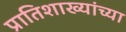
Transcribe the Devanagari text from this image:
प्रातिशाख्यांच्या